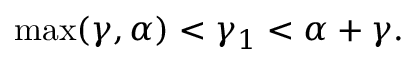
\operatorname * { m a x } ( \gamma , \alpha ) < \gamma _ { 1 } < \alpha + \gamma .